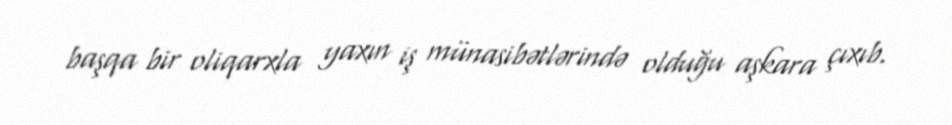
başqa bir oliqarxla yaxın iş münasibətlərində olduğu aşkara çıxıb.